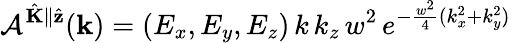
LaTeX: \mathcal{A}^{\hat{\mathbf{K}}\parallel\hat{\mathbf{z}}}(\mathbf{k})=(E_{x},E_{y},E_{z})\, k\, k_{z}\, w^{2}\, e^{-\frac{w^{2}}{4}(k_{x}^{2}+k_{y}^{2})}